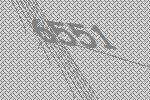
6551